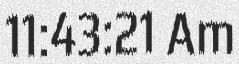
11:43:21 Am